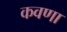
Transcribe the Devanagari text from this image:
कवणा